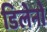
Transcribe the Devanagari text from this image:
डिलेनो